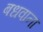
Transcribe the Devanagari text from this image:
बधवाना